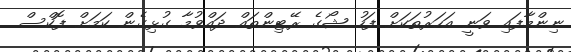
ނިންމާފައި ވަނީ އަހަރުތަކަށް ފަހު ޝޯގެ ރޭޓިންތައް ދައްވުމާ ގުޅިގެން ކަމަށް ފޮކްސް